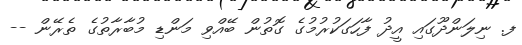
ފ. ނިލަންދޫގައި އީދު ފާހަގަކުރުމުގެ ގޮތުން ބޭއްވި މަންޑި މުބާރާތުގެ ތެރޭން --